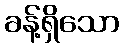
ခန့်ရှိသော